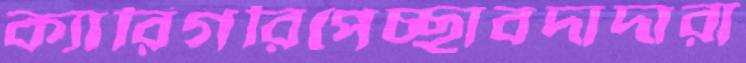
ক্যারিগরিপেচ্ছাবদাদারা